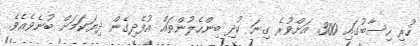
ހުރި ހިސާބުގައި 300 އަށްވުރެ ގިނަ ކުދި ބިންހެލުންތައް އުފެދިގެން ދިޔަކަމަށް ބުނެވެއެވެ.